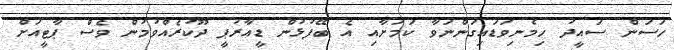
ހަސަން ސައީދު ހިމެނިވަޑައިގަންނަވާ ކަމަށާއި އެ ބޭފުޅުން ޑީއާރުޕީ ދޫކުރެއްވުމުން ވެސް ޕާޓީއަށް